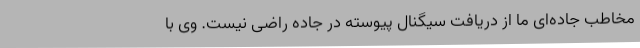
مخاطب جاده‌ای ما از دریافت سیگنال پیوسته در جاده راضی نیست. وی با